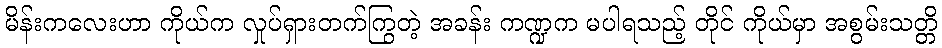
မိန်းကလေးဟာ ကိုယ်က လှုပ်ရှားတက်ကြွတဲ့ အခန်း ကဏ္ဍက မပါရသည့် တိုင် ကိုယ်မှာ အစွမ်းသတ္တိ